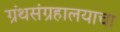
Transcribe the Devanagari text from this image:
ग्रंथसंग्रहालयाचा